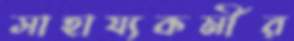
সাহায্যকর্মীর